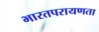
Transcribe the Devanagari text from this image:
भारतपरायणता